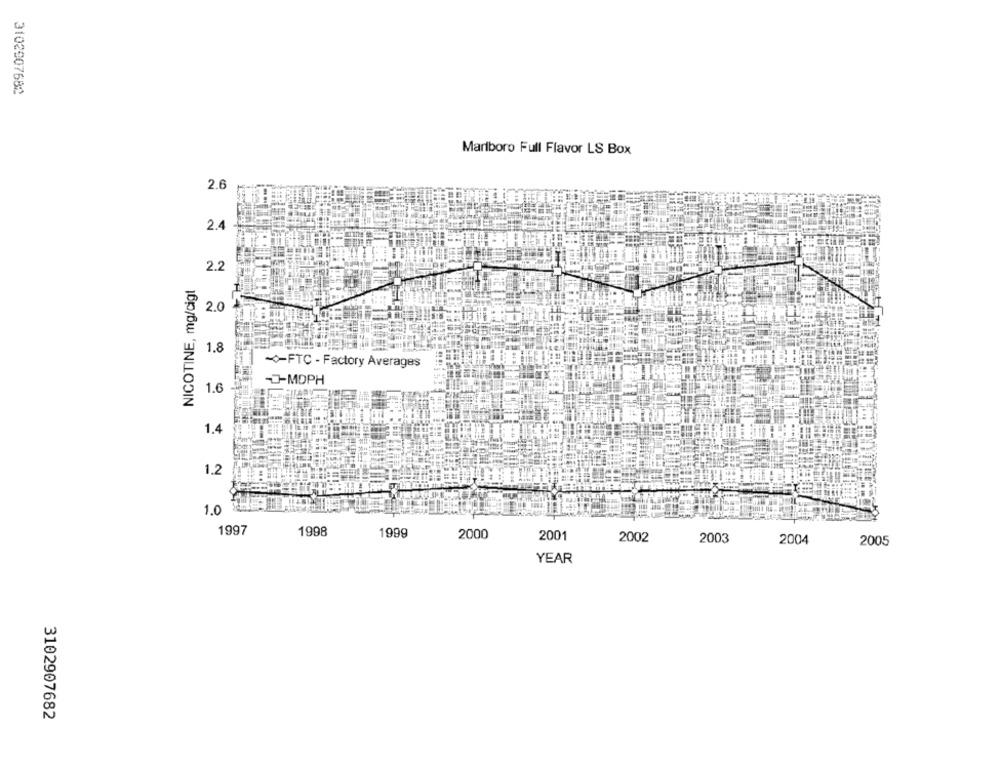
3102907682
Marlboro Full Flavor LS Box
2.6
2.4
2.2
NICOTINE, mg/cigt
2.0
1.8
FTC - Factory Averages
-MDPH
1.6
1.4
1.2
1.0
1997
1998
1999
2000
2001
2002
2003
2004
2005
YEAR
3102907682